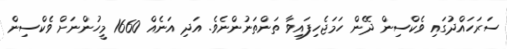
ސަރަހައްދުގައި ވެކްސިން ދޭން ހަމަޖެހިފައިވާ ތަންތަނުންނެވެ. އަދި އަނެއް 1660 މީހުންނަށް ވެކްސިން